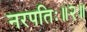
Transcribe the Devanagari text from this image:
नरपतिः॥२॥